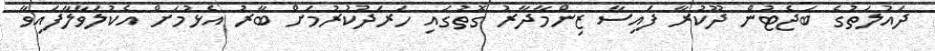
ދައުލަތުގެ ބަޖެޓުން ދޫކުރާ ފައިސާ ޒިންމާދާރު ގޮތުގައި ހަރަދުކުރުމަށް ބާރު އެޅުމަށް އެކުލަވާލާފައިވާ